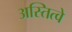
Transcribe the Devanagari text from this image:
अस्तित्वे